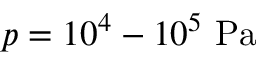
p = 1 0 ^ { 4 } - 1 0 ^ { 5 } ~ \mathrm { { P a } }